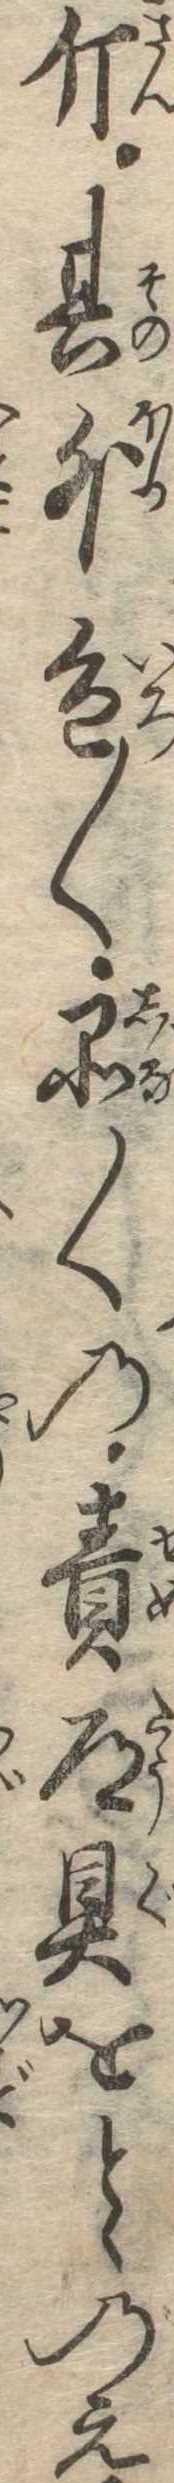
斤其外色〱品〱の責道具をとゝのえ